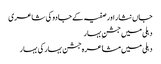
جاں نثار اور صفیہ کے جادو کی شاعری
دہلی میں جشنِ بہار
دہلی میں مشاعرہ جشن بہار کی بہار